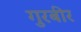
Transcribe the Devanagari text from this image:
गुरबीर